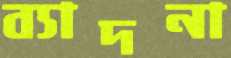
ব্যাদনা